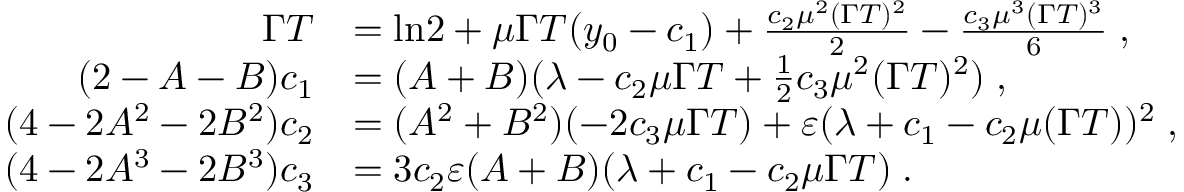
\begin{array} { r l } { \Gamma T } & { = \ln \! 2 + \mu \Gamma T ( y _ { 0 } - c _ { 1 } ) + \frac { c _ { 2 } \mu ^ { 2 } ( \Gamma T ) ^ { 2 } } { 2 } - \frac { c _ { 3 } \mu ^ { 3 } ( \Gamma T ) ^ { 3 } } { 6 } \; , } \\ { ( 2 - A - B ) c _ { 1 } } & { = ( A + B ) ( \lambda - c _ { 2 } \mu \Gamma T + \frac { 1 } { 2 } c _ { 3 } \mu ^ { 2 } ( \Gamma T ) ^ { 2 } ) \; , } \\ { ( 4 - 2 A ^ { 2 } - 2 B ^ { 2 } ) c _ { 2 } } & { = ( A ^ { 2 } + B ^ { 2 } ) ( - 2 c _ { 3 } \mu \Gamma T ) + \varepsilon ( \lambda + c _ { 1 } - c _ { 2 } \mu ( \Gamma T ) ) ^ { 2 } \; , } \\ { ( 4 - 2 A ^ { 3 } - 2 B ^ { 3 } ) c _ { 3 } } & { = 3 c _ { 2 } \varepsilon ( A + B ) ( \lambda + c _ { 1 } - c _ { 2 } \mu \Gamma T ) \; . } \end{array}